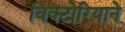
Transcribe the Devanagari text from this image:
विक्टोरियाने